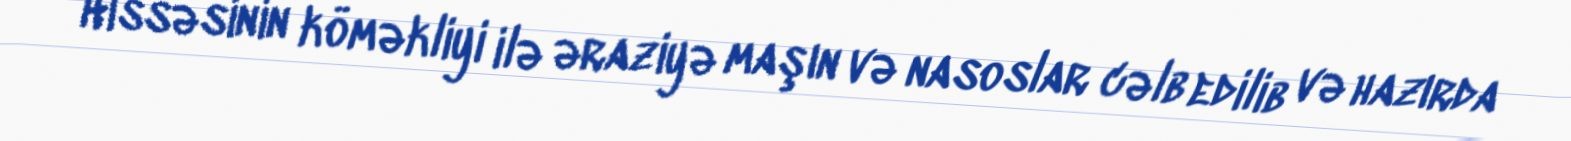
Hissəsinin köməkliyi ilə əraziyə maşın və nasoslar cəlb edilib və hazırda